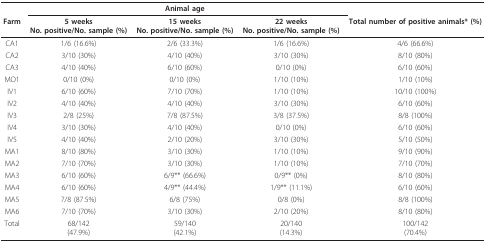
<table><thead><tr><td></td><td colspan="3"><b>Animal age</b></td><td></td></tr><tr><td><b>Farm</b></td><td><b>5 weeksNo. positive/No. sample (%)</b></td><td><b>15 weeksNo. positive/No. sample (%)</b></td><td><b>22 weeksNo. positive/No. sample (%)</b></td><td><b>Total number of positive animals* (%)</b></td></tr></thead><tbody><tr><td>CA1</td><td>1/6 (16.6%)</td><td>2/6 (33.3%)</td><td>1/6 (16.6%)</td><td>4/6 (66.6%)</td></tr><tr><td>CA2</td><td>3/10 (30%)</td><td>4/10 (40%)</td><td>3/10 (30%)</td><td>8/10 (80%)</td></tr><tr><td>CA3</td><td>4/10 (40%)</td><td>6/10 (60%)</td><td>0/10 (0%)</td><td>6/10 (60%)</td></tr><tr><td>MO1</td><td>0/10 (0%)</td><td>0/10 (0%)</td><td>1/10 (10%)</td><td>1/10 (10%)</td></tr><tr><td>IV1</td><td>6/10 (60%)</td><td>7/10 (70%)</td><td>1/10 (10%)</td><td>10/10 (100%)</td></tr><tr><td>IV2</td><td>4/10 (40%)</td><td>4/10 (40%)</td><td>3/10 (30%)</td><td>6/10 (60%)</td></tr><tr><td>IV3</td><td>2/8 (25%)</td><td>7/8 (87.5%)</td><td>3/8 (37.5%)</td><td>8/8 (100%)</td></tr><tr><td>IV4</td><td>3/10 (30%)</td><td>4/10 (40%)</td><td>0/10 (0%)</td><td>6/10 (60%)</td></tr><tr><td>IV5</td><td>4/10 (40%)</td><td>2/10 (20%)</td><td>3/10 (30%)</td><td>5/10 (50%)</td></tr><tr><td>MA1</td><td>8/10 (80%)</td><td>3/10 (30%)</td><td>1/10 (10%)</td><td>9/10 (90%)</td></tr><tr><td>MA2</td><td>7/10 (70%)</td><td>3/10 (30%)</td><td>1/10 (10%)</td><td>7/10 (70%)</td></tr><tr><td>MA3</td><td>6/10 (60%)</td><td>6/9** (66.6%)</td><td>0/9** (0%)</td><td>8/10 (80%)</td></tr><tr><td>MA4</td><td>6/10 (60%)</td><td>4/9** (44.4%)</td><td>1/9** (11.1%)</td><td>6/10 (60%)</td></tr><tr><td>MA5</td><td>7/8 (87.5%)</td><td>6/8 (75%)</td><td>0/8 (0%)</td><td>8/8 (100%)</td></tr><tr><td>MA6</td><td>7/10 (70%)</td><td>3/10 (30%)</td><td>2/10 (20%)</td><td>8/10 (80%)</td></tr><tr><td>Total</td><td>68/142(47.9%)</td><td>59/140(42.1%)</td><td>20/140(14.3%)</td><td>100/142(70.4%)</td></tr></tbody></table>